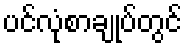
ပင်လုံစာချုပ်တွင်